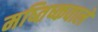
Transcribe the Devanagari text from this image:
मष्तिष्कवाले